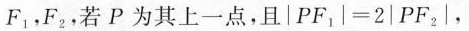
F_{1}，F_{2}，若P为其上一点，且$$| P F _ { 1 } | = 2 | P F _ { 2 } |$$，